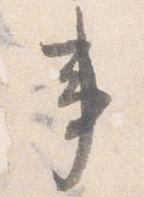
事